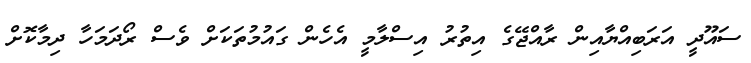
ސައޫދީ އަރަބިއްޔާއިން ރާއްޖޭގެ އިތުރު އިސްލާމީ އެހެން ގައުމުތަކަށް ވެސް ރޯދަމަހާ ދިމާކޮށް